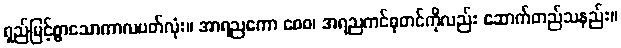
ရှည်မြင့်စွာသောကာလပတ်လုံး။ အာရညကော စေဝ၊ အရညကင်ဓုတင်ကိုလည်း ဆောက်တည်သနည်း။